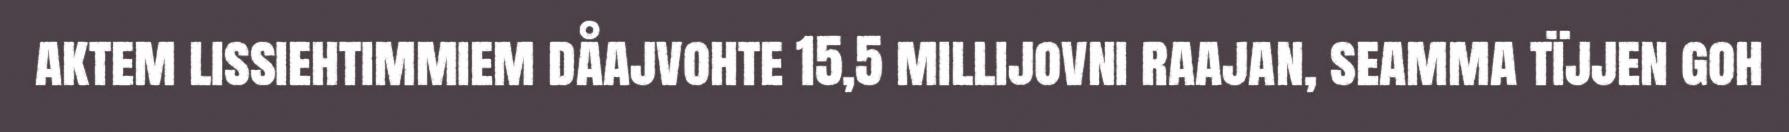
aktem lissiehtimmiem dåajvohte 15,5 millijovni raajan, seamma tïjjen goh